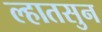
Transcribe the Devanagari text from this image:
ल्हातसुन